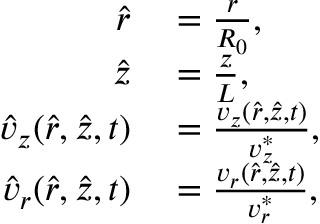
\begin{array} { r l } { \hat { r } } & { { } = \frac { r } { R _ { 0 } } , } \\ { \hat { z } } & { { } = \frac { z } { L } , } \\ { \hat { v } _ { z } ( \hat { r } , \hat { z } , t ) } & { { } = \frac { v _ { z } ( \hat { r } , \hat { z } , t ) } { v _ { z } ^ { * } } , } \\ { \hat { v } _ { r } ( \hat { r } , \hat { z } , t ) } & { { } = \frac { v _ { r } ( \hat { r } , \hat { z } , t ) } { v _ { r } ^ { * } } , } \end{array}